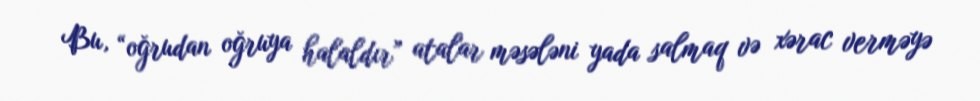
Bu, “oğrudan oğruya halaldır” atalar məsələni yada salmaq və xərac verməyə